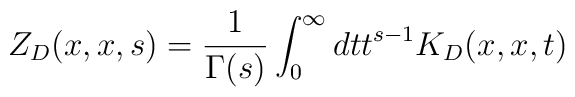
Z_D(x,x,s) = {1\over{\Gamma(s)}}\int_0^{\infty} dt t^{s-1} K_D(x,x,t)